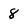
Character: 8